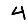
Digit: 4